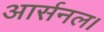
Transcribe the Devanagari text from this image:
आर्सनल।